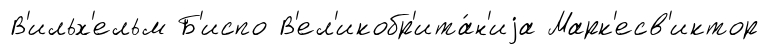
В'ильх'ельм Б'испо В'ел'икобр'ита́н'иjа Марк'есв'иктор